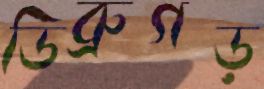
ডিব্রুগড়